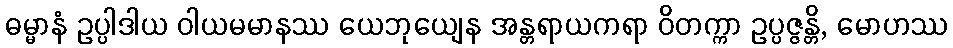
ဓမ္မာနံ ဥပ္ပါဒါယ ဝါယမမာနဿ ယေဘုယျေန အန္တရာယကရာ ဝိတက္ကာ ဥပ္ပဇ္ဇန္တိ, မောဟဿ